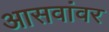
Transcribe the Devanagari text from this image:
आसवांवर